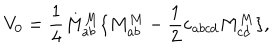
V _ { 0 } = \frac 1 4 M _ { a b } ^ { M } \{ M _ { a b } ^ { M } - \frac 1 2 \varepsilon _ { a b c d } M _ { c d } ^ { M } \} ,